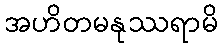
အဟိတမနုဿရာမိ